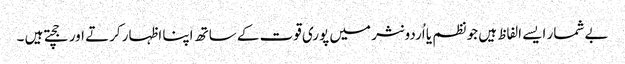
بے شمار ایسے الفاظ ہیں جو نظم یا اُردو نثر میں پوری قوت کے ساتھ اپنا اظہار کرتے اور جچتے ہیں ۔